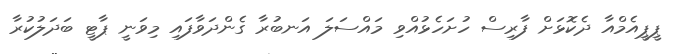
ޕީޕީއެމްއާ ދެކޮޅަށް ފާރިސް ހުށަހެޅުއްވި މައްސަލަ އަނބުރާ ގެންދަވާފައި މިވަނީ ޕާޓީ ބަދަލުކުރާ